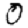
Digit: 0